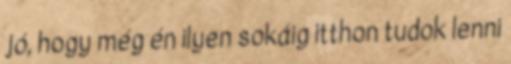
jó, hogy még én ilyen sokáig itthon tudok lenni